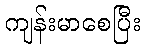
ကျန်းမာစေပြီး